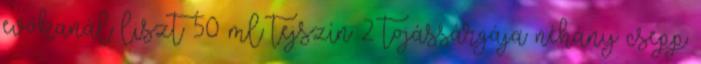
evőkanál liszt 50 ml tejszín 2 tojássárgája néhány csepp